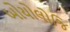
બોયોલોજિ